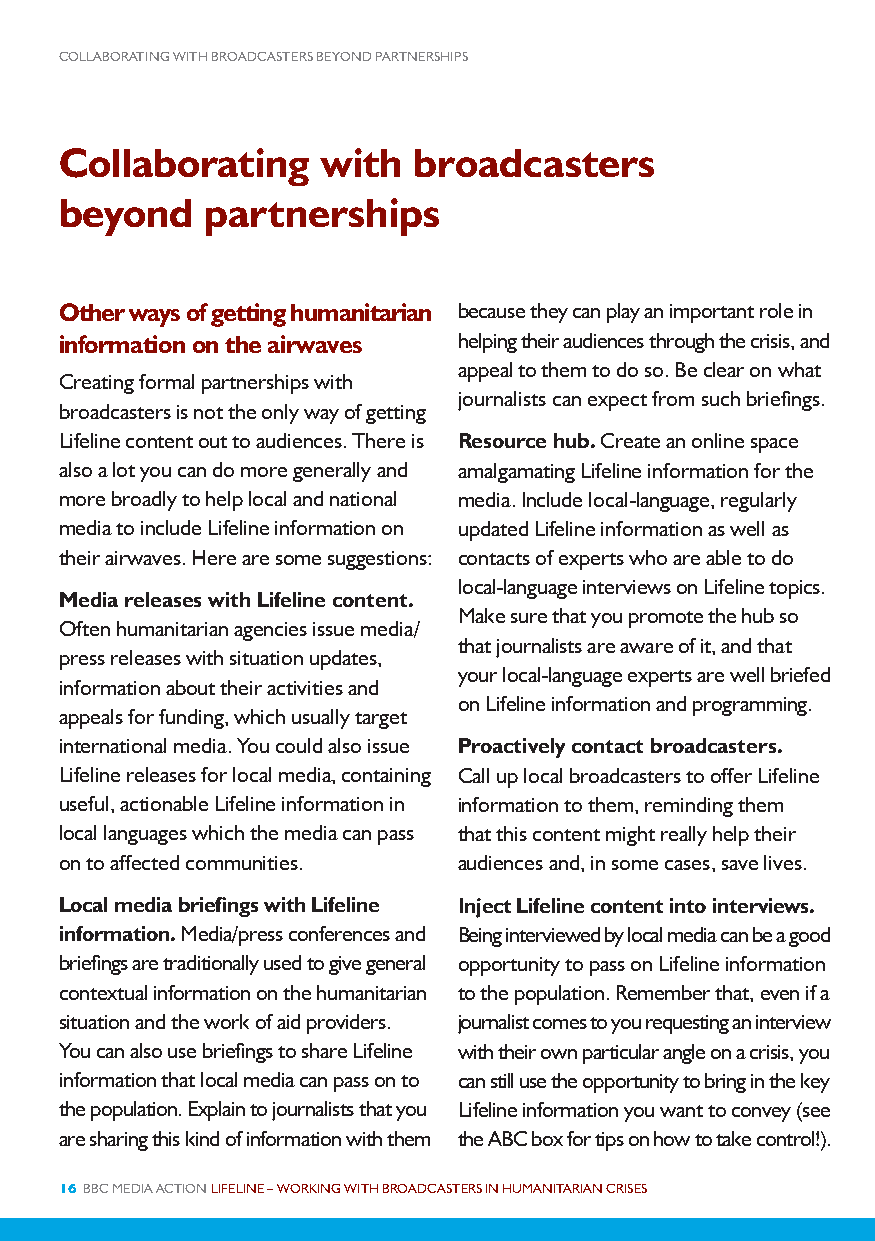
COLLABORATING WITH BROADCASTERS BEYOND PARTNERSHIPS
 Collaborating    with  broadcasters
 beyond    partnerships
 Other ways of getting humanitarian because they can play an important role in
 information on the airwaves helping their audiences through the crisis, and
 appeal to them to do so. Be clear on what
 Creating formal partnerships with
 journalists can expect from such briefings.
 broadcasters is not the only way of getting
 Lifeline content out to audiences. There is Resource hub. Create an online space
 also a lot you can do more generally and amalgamating Lifeline information for the
 more broadly to help local and national media. Include local-language, regularly
 media to include Lifeline information on updated Lifeline information as well as
 their airwaves. Here are some suggestions: contacts of experts who are able to do
 local-language interviews on Lifeline topics.
 Media releases with Lifeline content.
 Make sure that you promote the hub so
 Often humanitarian agencies issue media/
 that journalists are aware of it, and that
 press releases with situation updates,
 your local-language experts are well briefed
 information about their activities and
 on Lifeline information and programming.
 appeals for funding, which usually target
 international media. You could also issue Proactively contact broadcasters.
 Lifeline releases for local media, containing Call up local broadcasters to offer Lifeline
 useful, actionable Lifeline information in information to them, reminding them
 local languages which the media can pass that this content might really help their
 on to affected communities. audiences and, in some cases, save lives.
 Local media briefings with Lifeline Inject Lifeline content into interviews.
 information. Media/press conferences and Being interviewed by local media can be a good
 briefings are traditionally used to give general opportunity to pass on Lifeline information
 contextual information on the humanitarian to the population. Remember that, even if a
 situation and the work of aid providers. journalist comes to you requesting an interview
 You can also use briefings to share Lifeline with their own particular angle on a crisis, you
 information that local media can pass on to can still use the opportunity to bring in the key
 the population. Explain to journalists that you Lifeline information you want to convey (see
 are sharing this kind of information with them the ABC box for tips on how to take control!).
 16 BBC MEDIA ACTION LIFELINE – WORKING WITH BROADCASTERS IN HUMANITARIAN CRISES